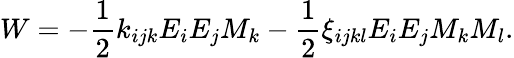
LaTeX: W=-\frac{1}{2}k_{ijk}E_{i}E_{j}M_{k}-\frac{1}{2}\xi_{ijkl}E_{i}E_{j}M_{k}M_{l}.